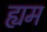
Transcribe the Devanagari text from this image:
ह्यम